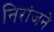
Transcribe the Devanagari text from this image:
निरांजने